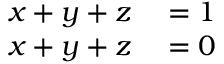
\begin{array} { r l } { x + y + z } & { { } = 1 } \\ { x + y + z } & { { } = 0 } \end{array}